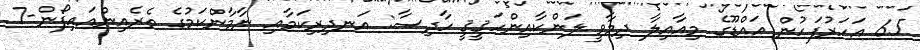
65 އަހަރުފަހުން އައްޑޫގެ މިއާއިލާ ދިމާވީ ލަންކާއިންހަޤީޤީ ހާދިސާ: އަނދިރިކަމާއި ނާމާންކަމުގެ ތެރެއިންއައިފޯން-7